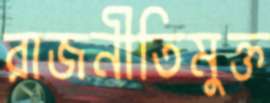
রাজনীতিমুক্ত